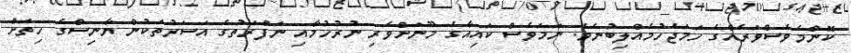
ކޮންމެވެސްވަރެއްގެ ހަމަޖެހުމެއްލިބުނެވެ. ނަމަވެސް ކައިއާގެ މޫނަށްވެރި ނުރުހުމާއި ނަފްރަތުގެ އަސަރުތަކުން ޔާނިސްގެ ހިތަށް